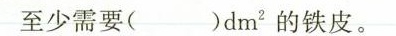
至少需要( )dm^{2} 的铁皮。